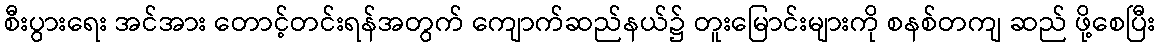
စီးပွားရေး အင်အား တောင့်တင်းရန်အတွက် ကျောက်ဆည်နယ်၌ တူးမြောင်းများကို စနစ်တကျ ဆည် ဖို့စေပြီး